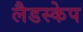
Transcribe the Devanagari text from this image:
लैडस्केप